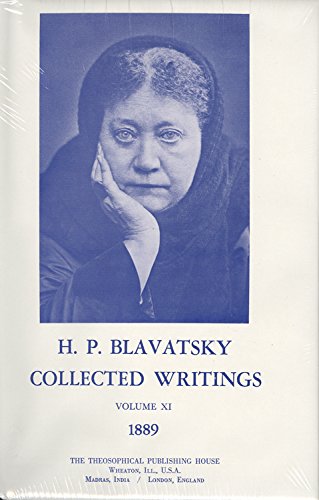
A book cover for Collected Writings of H. P. Blavatsky, Vol. 11 (1889); H P Blavatsky; Religion & Spirituality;